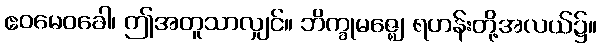
ဧဝမေဝခေါ၊ ဤအတူသာလျှင်။ ဘိက္ခုမဇ္ဈေ၊ ရဟန်းတို့အလယ်၌။